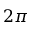
2 \pi